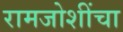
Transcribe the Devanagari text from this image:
रामजोशींचा